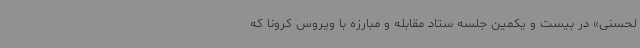
لحسنی» در بیست و یکمین جلسه ستاد مقابله و مبارزه با ویروس کرونا که